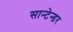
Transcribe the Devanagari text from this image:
सान्टेन्डर